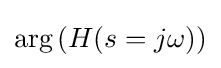
\arg \left(H(s=j\omega )\right)